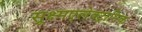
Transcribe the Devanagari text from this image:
सूक्ष्मएलेक्ट्रानिक